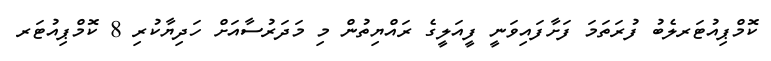
ކޮމްޕިއުޓަރލެބު ފުރަތަމަ ފަށާފައިވަނީ ފީއަލީގެ ރައްޔިތުން މި މަދަރުސާއަށް ހަދިޔާކުރި 8 ކޮމްޕިއުޓަރ